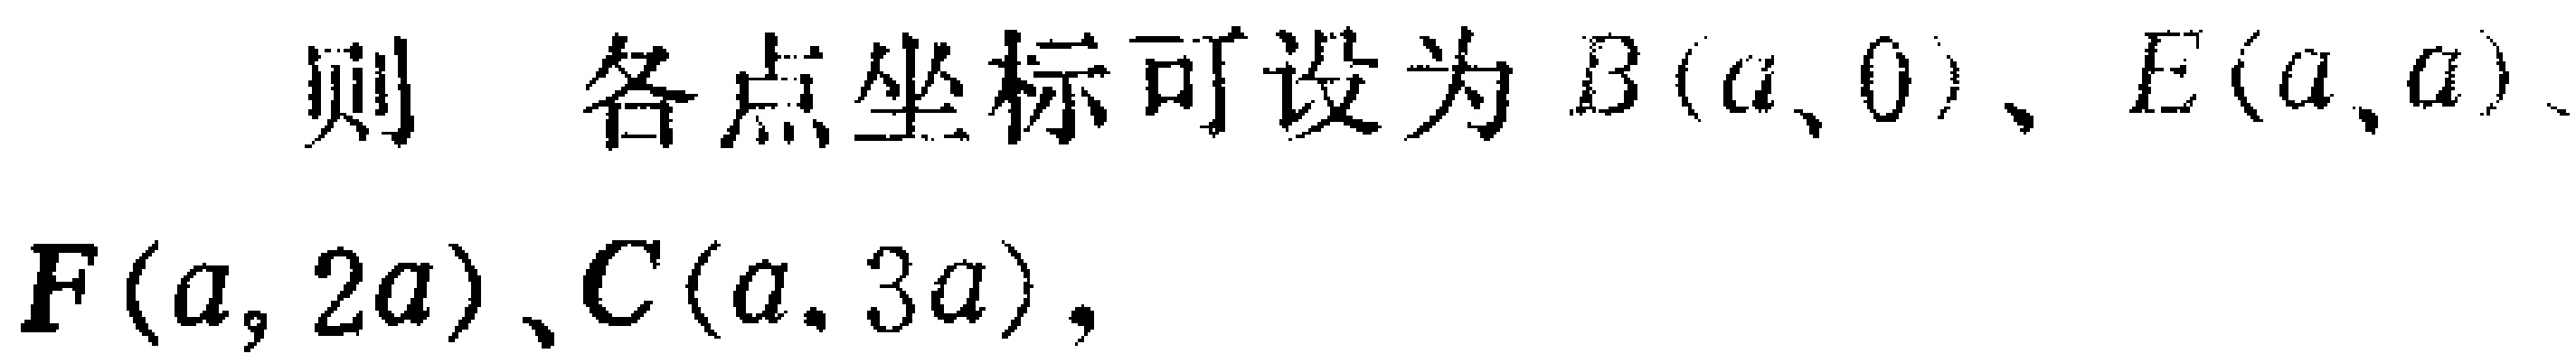
则各点坐标可设为\(B(a,0)\)、\(E(a,a)\)、\(F(a,2a)\)、\(C(a,3a)\)，